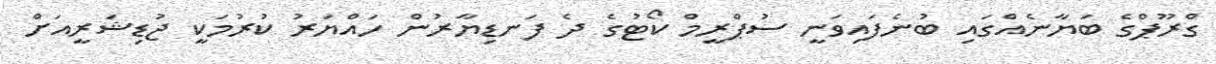
ގްރޫޕްގެ ބަޔާނެއްގައި ބުނެފައިވަނީ ސުޕްރީމް ކޯޓުގެ ދެ ފަނޑިޔާރުން ހައްޔަރު ކުރުމަކީ ޖުޑިޝަރީއަށް